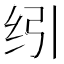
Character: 纼